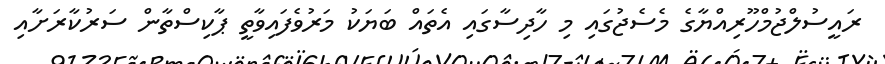
ރައީސުލްޖުމްހޫރިއްޔާގެ މެސެޖުގައި މި ހާދިސާގައި އެތައް ބަޔަކު މަރުވެފައިވާތީ ޕާކިސްތާން ސަރުކާރަށާއި